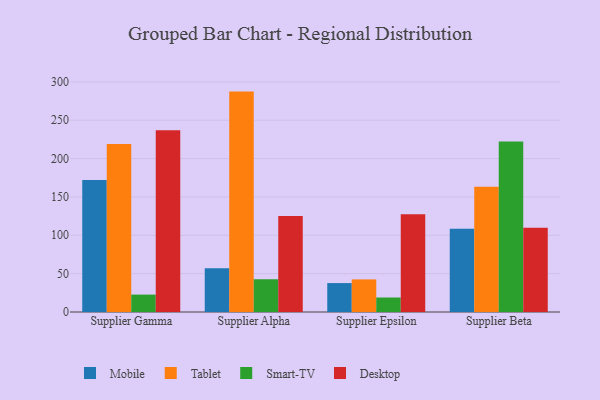
{"axis": {"x": "Supplier", "y": "Inventory Turnover"}, "legend": ["Desktop", "Mobile", "Smart-TV", "Tablet"], "data": [{"x": "Supplier Gamma", "y": 172.1, "type": "Mobile"}, {"x": "Supplier Gamma", "y": 218.9, "type": "Tablet"}, {"x": "Supplier Gamma", "y": 22.7, "type": "Smart-TV"}, {"x": "Supplier Gamma", "y": 236.8, "type": "Desktop"}, {"x": "Supplier Alpha", "y": 57.1, "type": "Mobile"}, {"x": "Supplier Alpha", "y": 287.3, "type": "Tablet"}, {"x": "Supplier Alpha", "y": 42.7, "type": "Smart-TV"}, {"x": "Supplier Alpha", "y": 125.1, "type": "Desktop"}, {"x": "Supplier Epsilon", "y": 37.7, "type": "Mobile"}, {"x": "Supplier Epsilon", "y": 42.5, "type": "Tablet"}, {"x": "Supplier Epsilon", "y": 18.9, "type": "Smart-TV"}, {"x": "Supplier Epsilon", "y": 127.4, "type": "Desktop"}, {"x": "Supplier Beta", "y": 108.4, "type": "Mobile"}, {"x": "Supplier Beta", "y": 163.3, "type": "Tablet"}, {"x": "Supplier Beta", "y": 222.1, "type": "Smart-TV"}, {"x": "Supplier Beta", "y": 109.7, "type": "Desktop"}]}